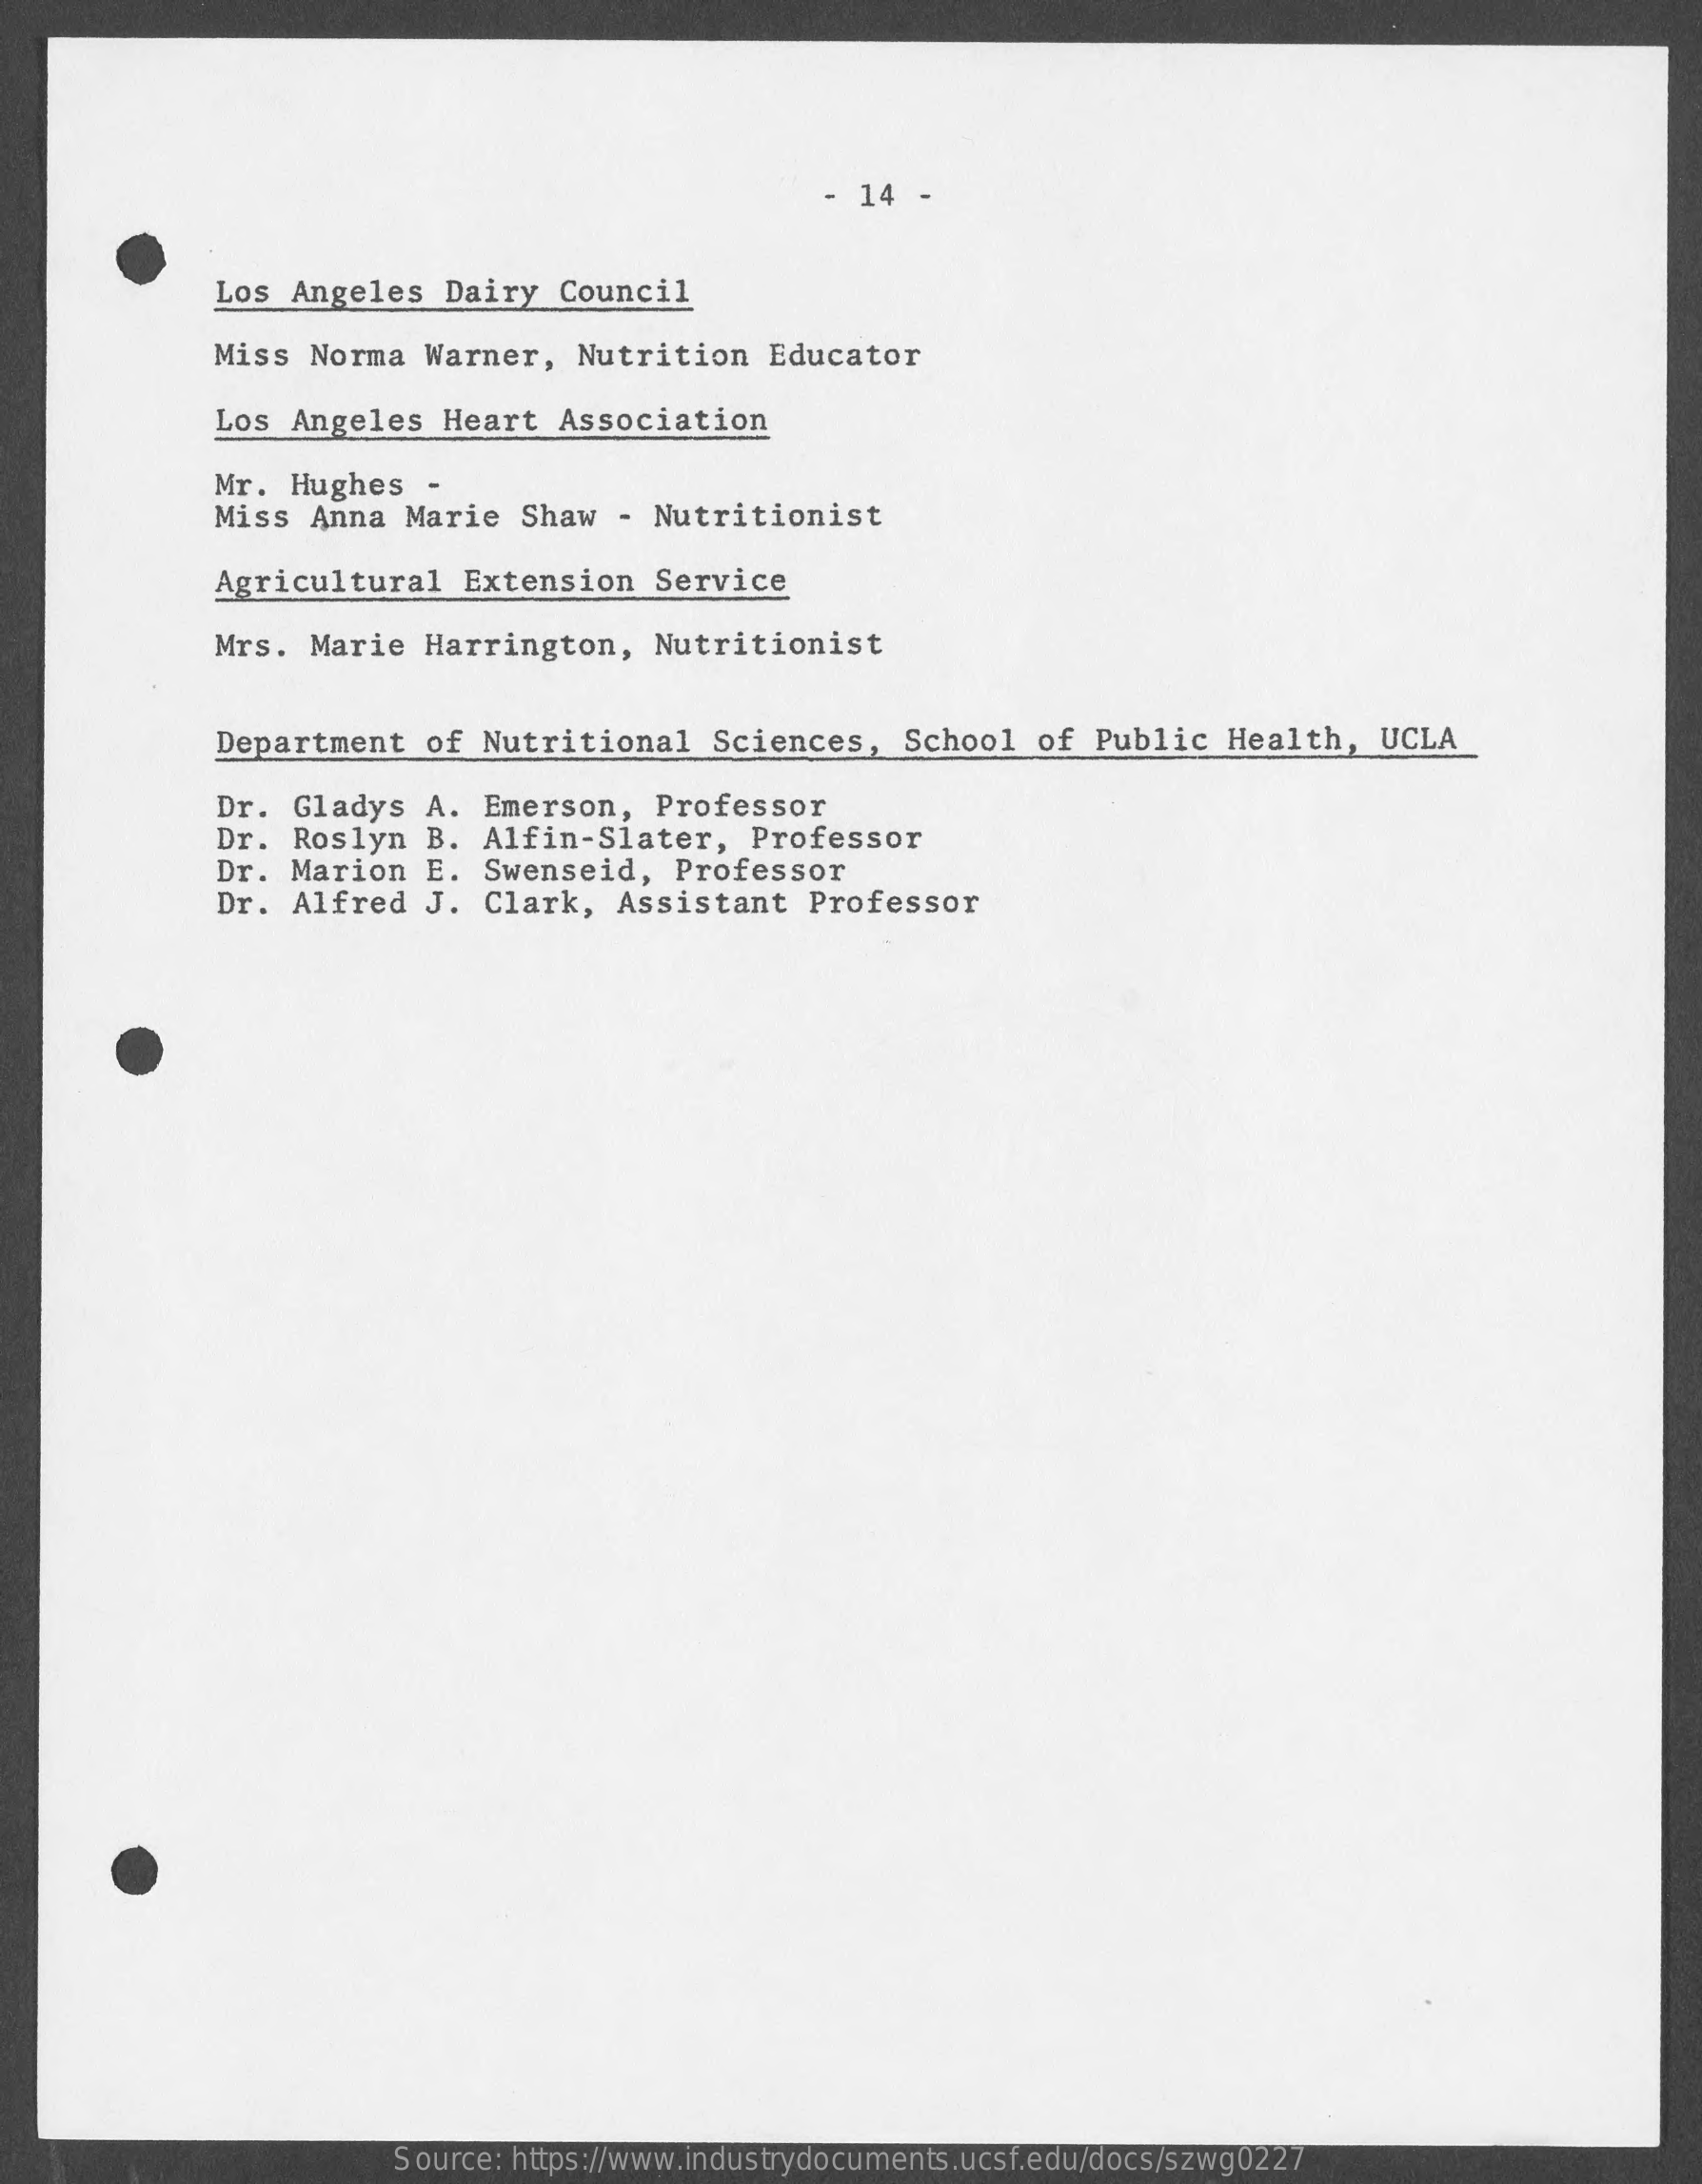
14  -
     Los  Angeles   Dairy  Council
     Miss  Norma  Warner,   Nutrition    Educator
     Los  Angeles   Heart  Association
     Mr.  Hughes   -
     Miss  Anna  Marie   Shaw  - Nutritionist
     Agricultural    Extension   Service
     Mrs.  Marie  Harrington,    Nutritionist
     Department    of Nutritional    Sciences,    School  of  Public  Health,   UCLA
     Dr.  Gladys  A.  Emerson,   Professor
     Dr.  Roslyn  B.  Alfin-Slater,    Professor
     Dr.  Marion  E.  Swenseid,    Professor
     Dr.  Alfred  J.  Clark,   Assistant   Professor
     Source: https://www.industrydocuments.ucsf.edu/docs/szwg0227